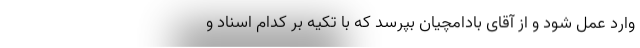
وارد عمل شود و از آقای بادامچیان بپرسد که با تکیه بر کدام اسناد و